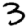
Digit: 3